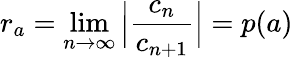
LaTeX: r_{a}=\operatorname*{lim}_{n\rightarrow\infty}\Big|\frac{c_{n}}{c_{n+1}}\Big|=p(a)